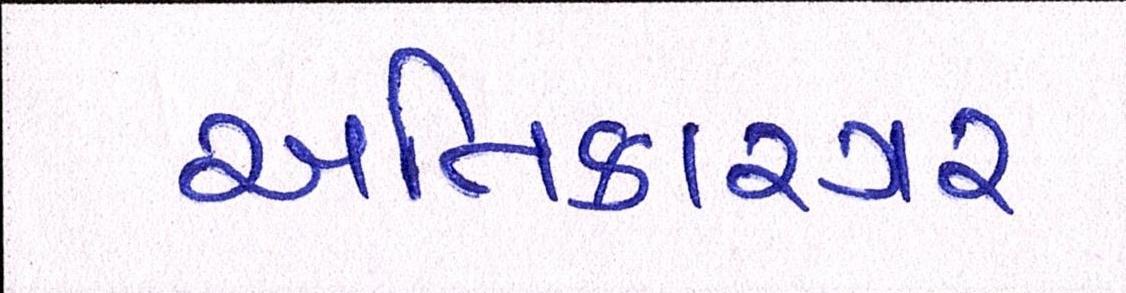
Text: અતિકારગર